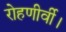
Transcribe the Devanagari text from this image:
रोहणीर्वी।